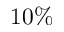
1 0 \%